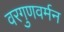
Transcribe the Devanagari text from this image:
वरगुणवर्मन